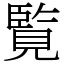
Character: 覧